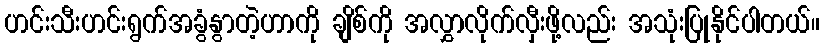
ဟင်းသီးဟင်းရွက်အခွံနွာတဲ့ဟာကို ချိစ်ကို အလွှာလိုက်လှီးဖို့လည်း အသုံးပြုနိုင်ပါတယ်။